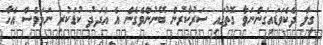
ގީލާ ދެކެވަޑައިގަންނަވާ ގޮތުގައި ސަރުކާރުން ބޭނުންވެގެން އެ އަދަދު ކުޑަކުރި ނަމަވެސް އެހާ